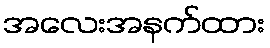
အလေးအနက်ထား